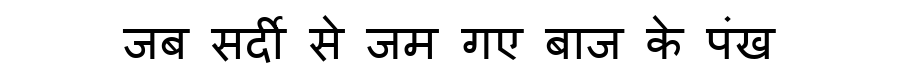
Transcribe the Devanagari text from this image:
जब सर्दी से जम गए बाज के पंख